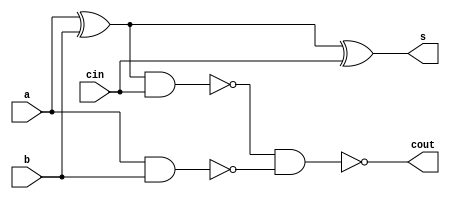
module full_adder

(
  input a, b, cin,
  output s, cout
) ;

wire out1, out2, out3;
xor x1 ( out1, a, b );
xor x2 ( s, out1, cin );
nand n1 (out2, out1, cin );
nand n2 (out3, a, b );
nand n3 (cout, out2, out3 );

endmodule